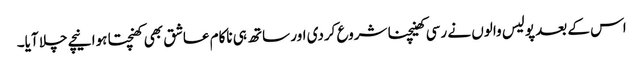
اس کے بعد پولیس والوں نے رسی کھینچنا شروع کردی اور ساتھ ہی ناکام عاشق بھی کھنچتا ہوا نیچے چلا آیا۔